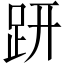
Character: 趼